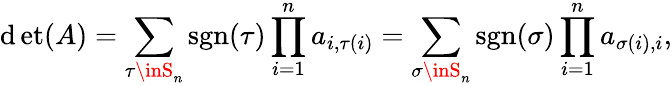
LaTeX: \operatorname*{\mathrm{d}et}(A)=\sum_{\tau\inS_{n}}\operatorname{sgn}(\tau)\prod_{i=1}^{n}a_{i,\tau(i)}=\sum_{\sigma\inS_{n}}\operatorname{sgn}(\sigma)\prod_{i=1}^{n}a_{\sigma(i),i},